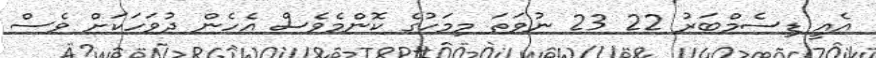
އެއީ ޑިސެމްބަރު 22 23 ނުވަތަ މިމަހުގެ ކޮންމެވެސް އެހެން ދުވަހަކަށް ވެސް